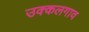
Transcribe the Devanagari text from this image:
उक्कलगाव